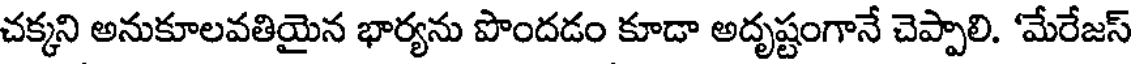
చక్కని అనుకూలవతియైన భార్యను పొందడం కూడా అదృష్టంగానే చెప్పాలి. 'మేరేజస్